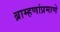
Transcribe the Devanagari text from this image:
ब्राम्हणांप्रमाणे